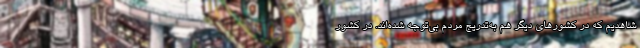
شاهدیم که در کشورهای دیگر هم به‌تدریج مردم بی‌توجه شده‌اند. در کشور